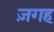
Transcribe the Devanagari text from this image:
ज़गह